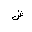
Letter: _shin